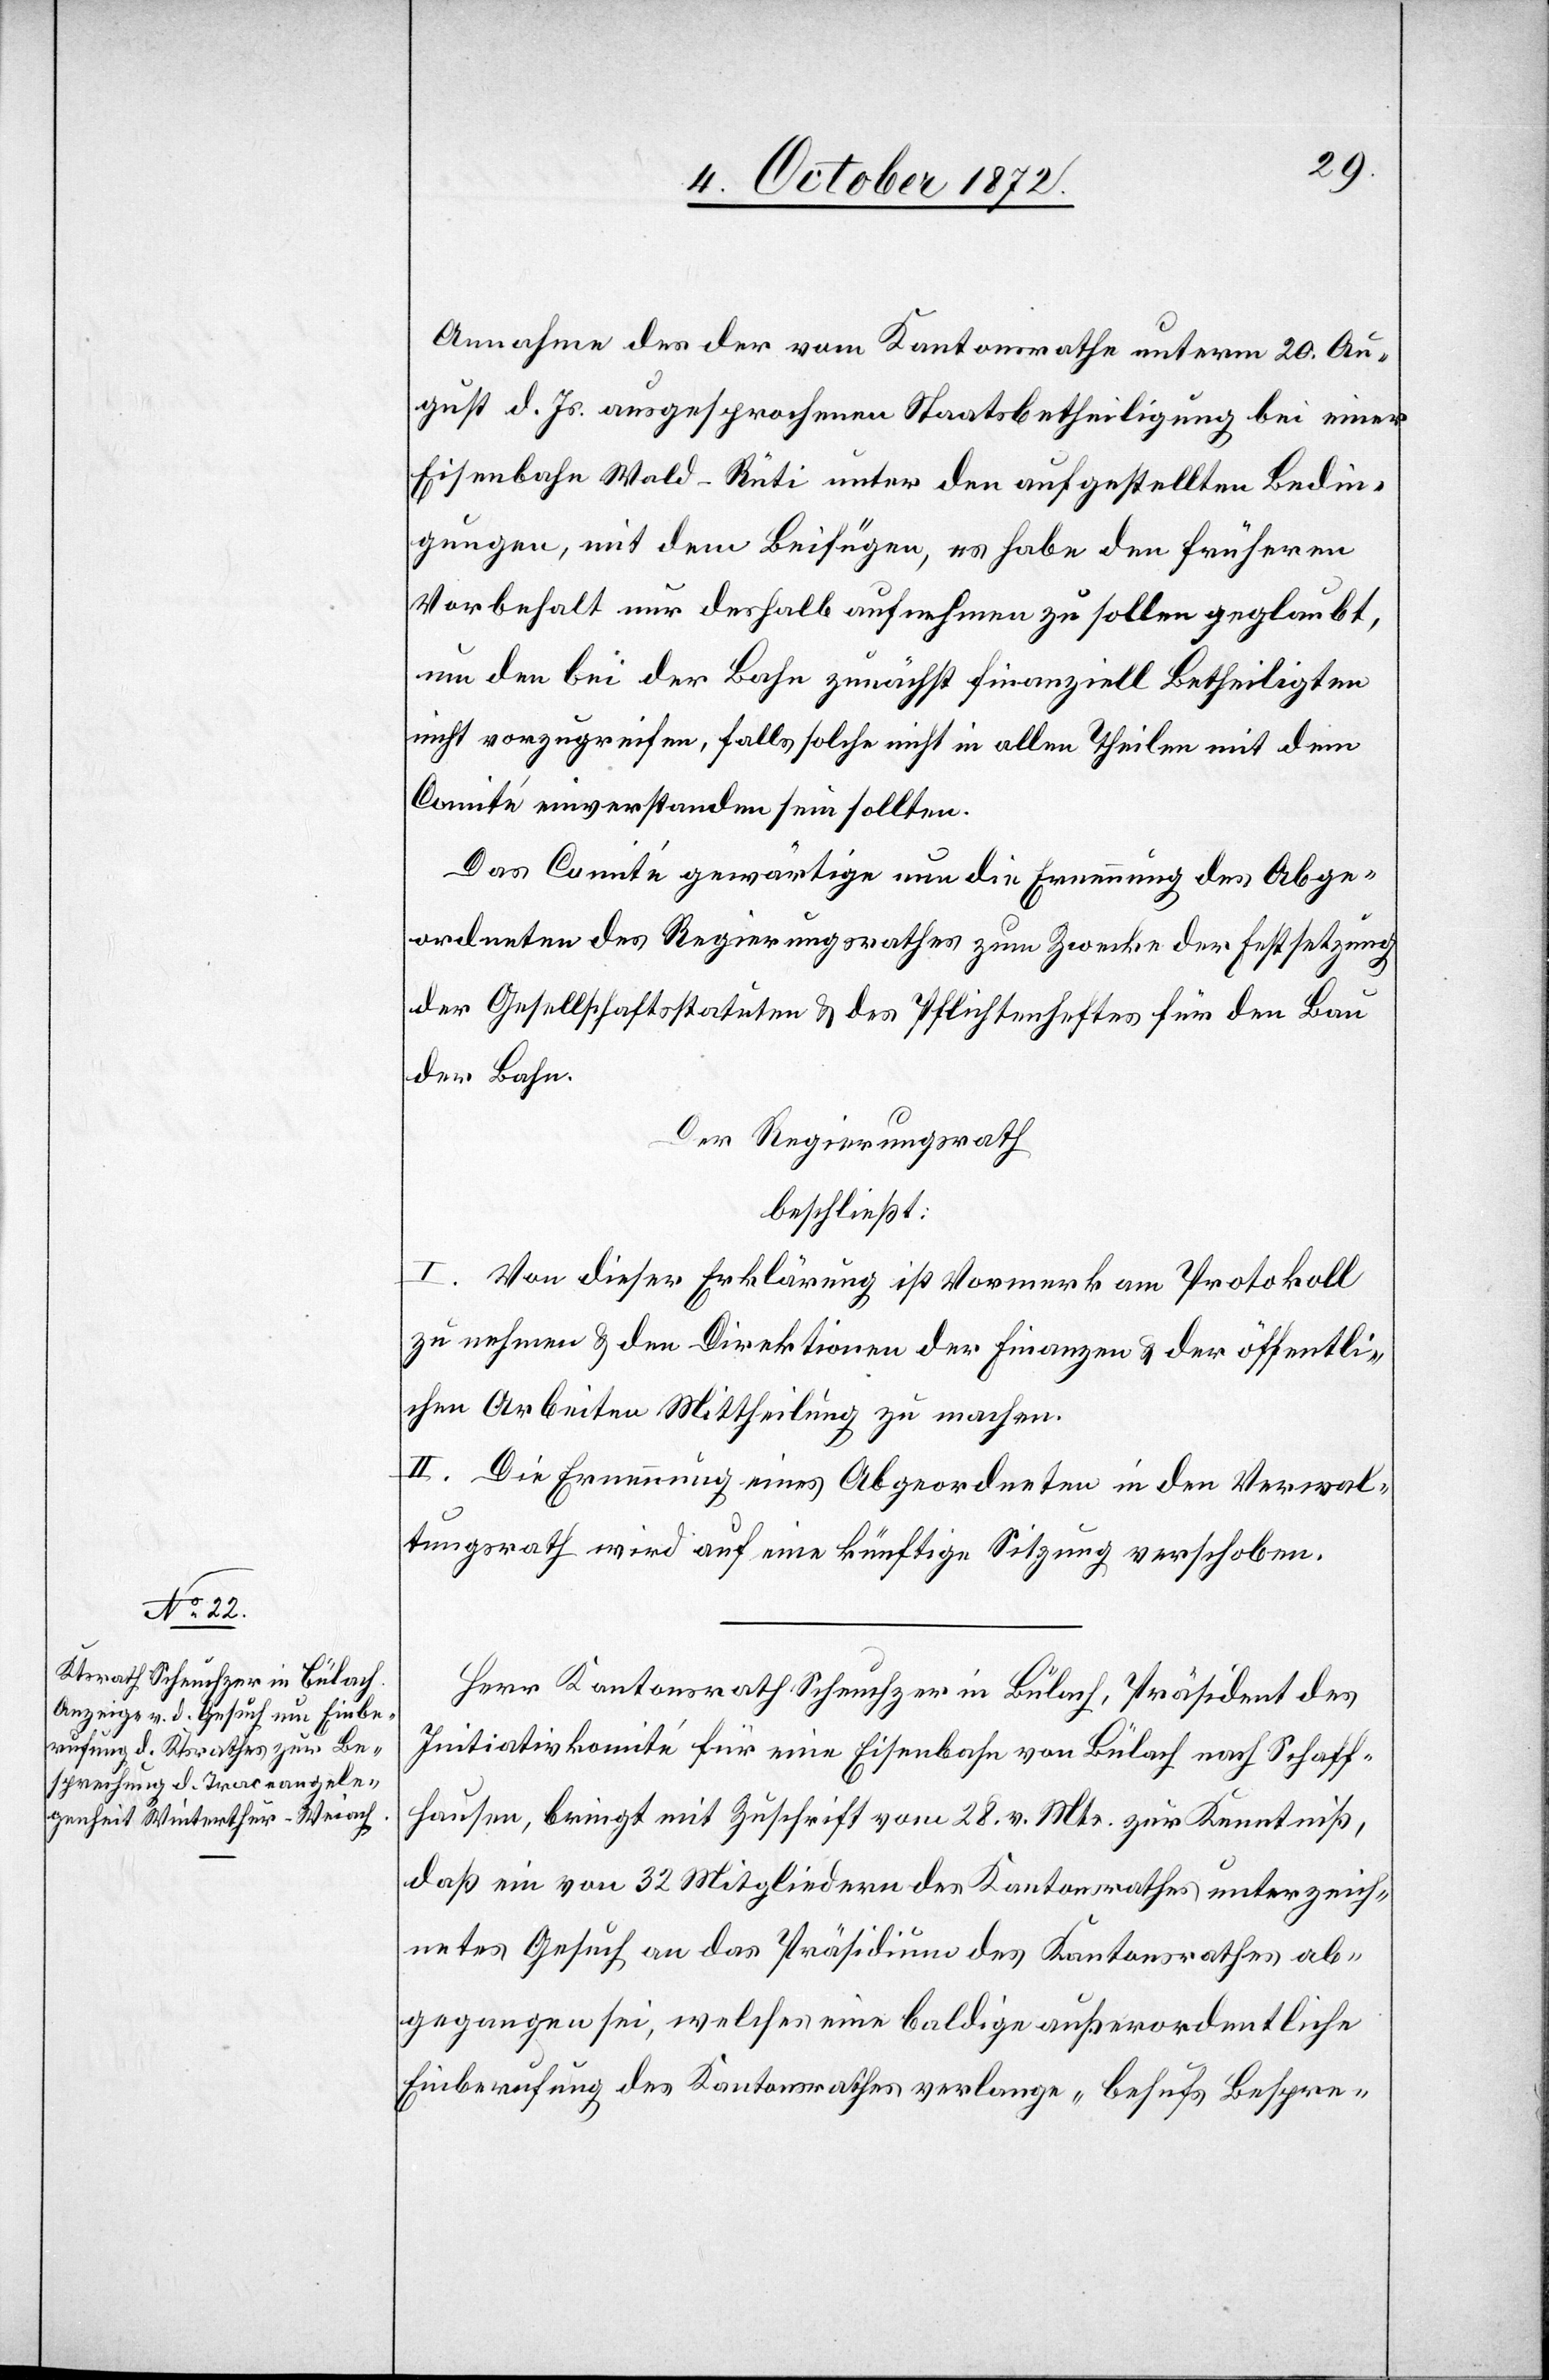
Annahme der vom Kantonsrathe unterm 20. Au¬
gust d. Js. ausgesprochenen Staatsbetheiligung bei einer
Eisenbahn Wald–Rüti unter den aufgestellten Bedin¬
gungen, mit dem Beifügen, es habe den früheren
Vorbehalt nur deshalb aufnehmen zu sollen geglaubt,
um den bei der Bahn zunächst finanziell Betheiligten
nicht vorzugreifen, falls solche nicht in allen Theilen mit dem
Comité einverstanden sein sollten.
Das Comité gewärtige nun die Ernennung des Abge¬
ordneten des Regierungsrathes zum Zwecke der Festsetzung
der Gesellschaftsstatuten u. des Pflichtenheftes für den Bau
der Bahn.
Der Regierungsrath
beschließt:
I. Von dieser Erklärung ist Vormerk am Protokoll
zu nehmen u. den Direktionen der Finanzen u. der öffentli¬
chen Arbeiten Mittheilung zu machen.
II. Die Ernennung eines Abgeordneten in den Verwal¬
tungsrath wird auf eine künftige Sitzung verschoben.
Herr Kantonsrath Scheuchzer in Bülach, Präsident des
Initiativkomité für eine Eisenbahn von Bülach nach Schaff¬
hausen, bringt mit Zuschrift vom 28. v. Mts. zur Kenntniß,
daß ein von 32 Mitgliedern des Kantonsrathes unterzeich¬
netes Gesuch an das Präsidium des Kantonsrathes ab¬
gegangen sei, welches eine baldige außerordentliche
Einberufung des Kantonsrathes verlange „behufs Bespre-